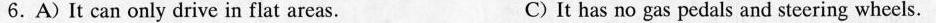
6.A)It can only drive in flat areas. C)It has no gas pedals and steering wheels.